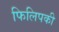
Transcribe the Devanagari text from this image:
फिलिपकी